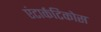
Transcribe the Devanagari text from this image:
एंटार्कटिकोस